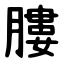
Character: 膢